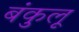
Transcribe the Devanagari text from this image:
बंकुलू